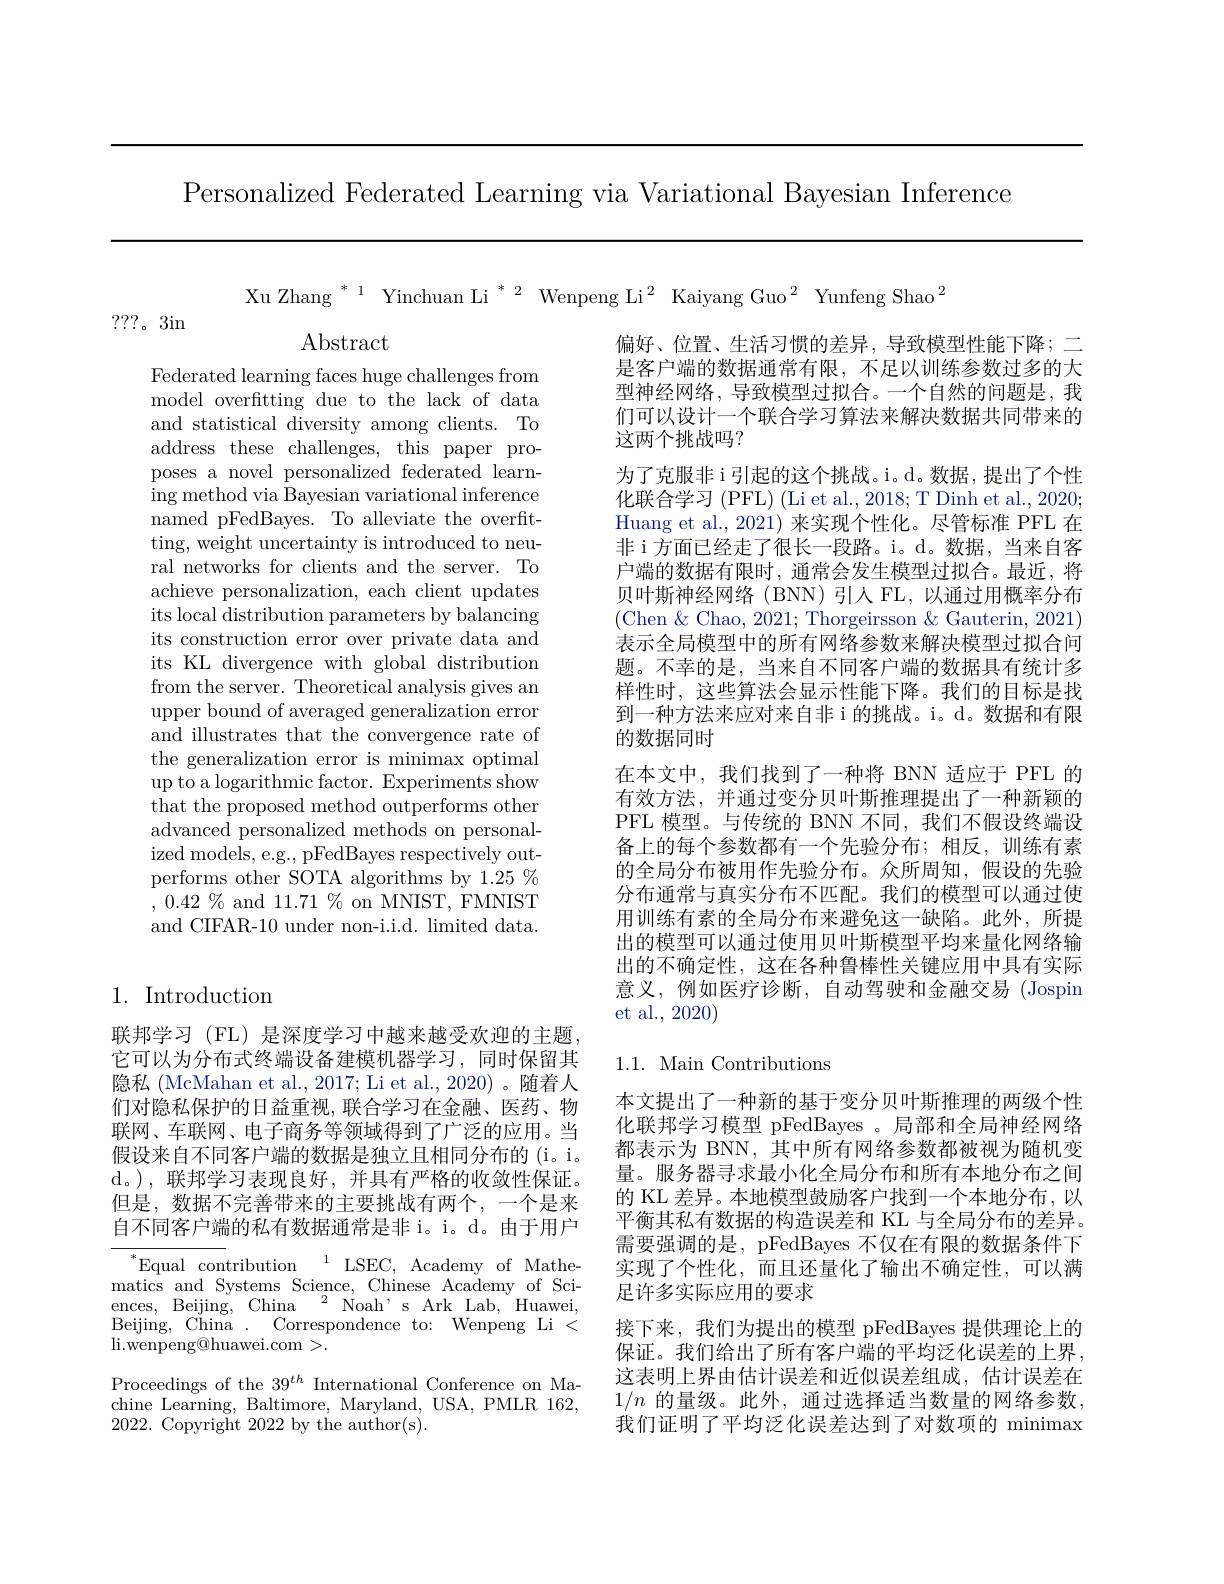
Personalized Federated Learning via Variational Bayesian Inference

Xu Zhang $^{*}^{1}$ Yinchuan Li$^{*}^{2}$ Wenpeng Li$^{2}$ Kaiyang Guo$^{2}$ Yunfeng Shao$^{2}$

???。3in

Abstract

Federated learning faces huge challenges from model overfitting due to the lack of data and statistical diversity among clients. To address these challenges, this paper proposes a novel personalized federated learning method via Bayesian variational inference named pFedBayes. To alleviate the overfitting, weight uncertainty is introduced to neural networks for clients and the server. To achieve personalization, each client updates its local distribution parameters by balancing its construction error over private data and its KL divergence with global distribution from the server. Theoretical analysis gives an upper bound of averaged generalization error and illustrates that the convergence rate of the generalization error is minimax optimal up to a logarithmic factor. Experiments show that the proposed method outperforms other advanced personalized methods on personalized models, e.g., pFedBayes respectively outperforms other SOTA algorithms by 1.25 % $,0.42\%$ and $11.71\%$ on MNIST,FMNIST and CIFAR-10 under non-i.i.d. limited data.

偏好、位置、生活习惯的差异，导致模型性能下降；二是客户端的数据通常有限，不足以训练参数过多的大型神经网络，导致模型过拟合。一个自然的问题是，我们可以设计一个联合学习算法来解决数据共同带来的这两个挑战吗？
为了克服非 i 引起的这个挑战。i。d。数据，提出了个性化联合学习 (PFL) (Li et al., 2018; T Dinh et al., 2020; Huang et al., 2021) 来实现个性化。尽管标准 PFL 在非 i 方面已经走了很长一段路。i。d。数据，当来自客户端的数据有限时，通常会发生模型过拟合。最近，将贝叶斯神经网络(BNN)引人 FL,以通过用概率分布(Chen $\&$ Chao, 2021; Thorgeirsson & Gauterin, 2021) 表示全局模型中的所有网络参数来解决模型过拟合问题。不幸的是，当来自不同客户端的数据具有统计多样性时，这些算法会显示性能下降。我们的目标是找到一种方法来应对来自非 i 的挑战。i。d。数据和有限的数据同时
在本文中，我们找到了一种将 BNN 适应于 PFL 的有效方法，并通过变分贝叶斯推理提出了一种新颖的PFL 模型。与传统的 BNN 不同，我们不假设终端设备上的每个参数都有一个先验分布；相反，训练有素的全局分布被用作先验分布。众所周知，假设的先验分布通常与真实分布不匹配。我们的模型可以通过使用训练有素的全局分布来避免这一缺陷。此外，所提出的模型可以通过使用贝叶斯模型平均来量化网络输出的不确定性，这在各种鲁棒性关键应用中具有实际意义，例如医疗诊断，自动驾驶和金融交易(Jospin et al., 2020)

1. Introduction

## 1.1. Main Contributions

联邦学习 (FL) 是深度学习中越来越受欢迎的主题， 它可以为分布式终端设备建模机器学习，同时保留其隐私 (McMahan et al., 2017; Li et al., 2020) 。随着人们对隐私保护的日益重视，联合学习在金融、医药、物联网、车联网、电子商务等领域得到了广泛的应用。当假设来自不同客户端的数据是独立且相同分布的 (i。i。d。),联邦学习表现良好，并具有严格的收敛性保证。但是，数据不完善带来的主要挑战有两个，一个是来自不同客户端的私有数据通常是非 i。i。d。由于用户

本文提出了一种新的基于变分贝叶斯推理的两级个性化联邦学习模型 pFedBayes 。局部和全局神经网络都表示为 BNN, 其中所有网络参数都被视为随机变量。服务器寻求最小化全局分布和所有本地分布之间的 KL 差异。本地模型鼓励客户找到一个本地分布，以平衡其私有数据的构造误差和 KL 与全局分布的差异。需要强调的是，pFedBayes 不仅在有限的数据条件下实现了个性化，而且还量化了输出不确定性，可以满足许多实际应用的要求
接下来，我们为提出的模型 pFedBayes 提供理论上的保证。我们给出了所有客户端的平均泛化误差的上界这表明上界由估计误差和近似误差组成，估计误差在$1/n$的量级。此外，通过选择适当数量的网络参数， 我们证明了平均泛化误差达到了对数项的 minimax

$^{*}$Equal contribution$\:^{1}$LSEC, Academy of Mathematics and Systems Science, Chinese Academy of Sciences, Beijing, China $^2$ Noah' s Ark Lab, Huawei, Beijing, China . Correspondence to: Wenpeng Li < li. wenpeng@ huawei. com> .
Proceedings of the $39^th$ International Conference on Machine Learning, Baltimore, Maryland, USA, PMLR 162, 2022. Copyright 2022 by the author(s).